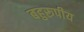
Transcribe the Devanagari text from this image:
बहुरूपीय